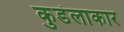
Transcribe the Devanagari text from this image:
कुडंलाकार